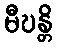
မီဎန္တိ